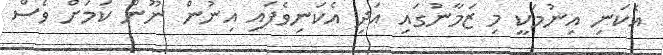
އެކަނި އިނުމަކީ މި ޒަމާނުގައި އަދި އެކަނިވެފައި އިނުން ނޫން ކަމަށް ވެސް